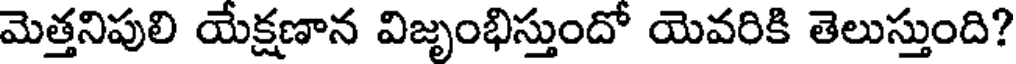
మెత్తనిపులి యేక్షణాన విజృంభిస్తుందో యెవరికి తెలుస్తుంది?